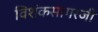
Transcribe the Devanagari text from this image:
विशंकसागरजी